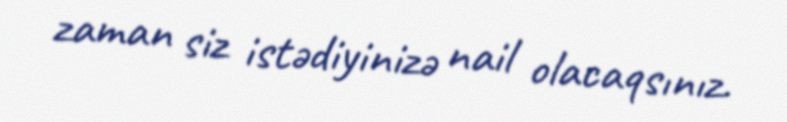
zaman siz istədiyinizə nail olacaqsınız.